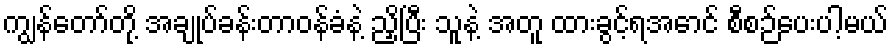
ကျွန်တော်တို့ အချုပ်ခန်းတာဝန်ခံနဲ့ ညှိပြီး သူနဲ့ အတူ ထားခွင့်ရအောင် စီစဉ်ပေးပါ့မယ်